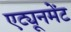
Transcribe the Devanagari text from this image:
एट्यूनमेंट